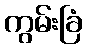
ကွမ်းခြံ